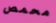
محمص